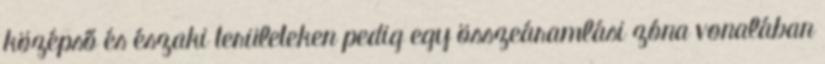
középső és északi területeken pedig egy összeáramlási zóna vonalában